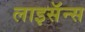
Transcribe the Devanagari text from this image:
लाइसॅन्स